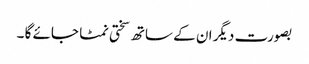
بصورت دیگر ان کے ساتھ سختی نمٹا جائے گا ۔